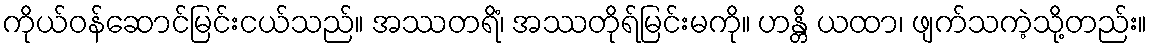
ကိုယ်ဝန်ဆောင်မြင်းငယ်သည်။ အဿတရိံ၊ အဿတိုရ်မြင်းမကို။ ဟန္တိ ယထာ၊ ဖျက်သကဲ့သို့တည်း။